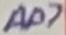
Text: AD7